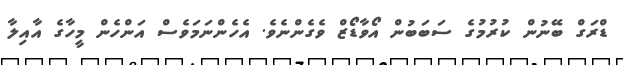
ޑްރަގް ބޭނުން ކުރުމުގެ ސަބަބުން އޯވާޑޯޒް ވެގެންނެވެ. އެހެންނަމަވެސް އަންހެން މީހާގެ އާއިލާ